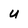
Character: u